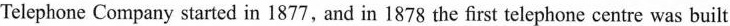
Telephone Company started in 1877, and in 1878 the first telephone centre was built